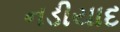
નડીયાદ